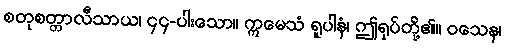
စတုစတ္တာလီသာယ၊ ၄၄-ပါးသော။ ဣမေသံ ရူပါနံ၊ ဤရုပ်တို့၏။ ဝသေန၊